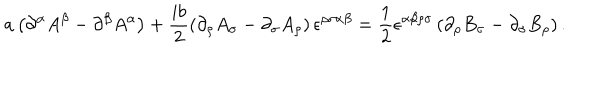
a \left( \partial ^ { \alpha } A ^ { \beta } - \partial ^ { \beta } A ^ { \alpha } \right) + \frac { i b } { 2 } \left( \partial _ { \rho } A _ { \sigma } - \partial _ { \sigma } A _ { \rho } \right) \epsilon ^ { \rho \sigma \alpha \beta } = \frac { 1 } { 2 } \epsilon ^ { \alpha \beta \rho \sigma } \left( \partial _ { \rho } B _ { \sigma } - \partial _ { \sigma } B _ { \rho } \right) .